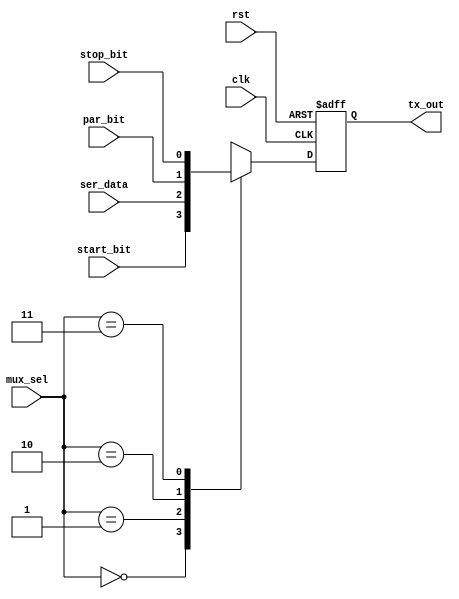
module mux(clk,rst,mux_sel,start_bit,stop_bit,ser_data,par_bit,tx_out);

input       clk;
input       rst;
input [1:0] mux_sel;
input       start_bit;
input       stop_bit;
input       ser_data;
input       par_bit;
output reg  tx_out;

localparam [1:0] start_bit_sel = 2'b00;
localparam [1:0] ser_data_sel  = 2'b01;
localparam [1:0] par_bit_sel   = 2'b10;
localparam [1:0] stop_bit_sel  = 2'b11;

always @(posedge clk, negedge rst)
begin
    if(~rst)
    begin
        tx_out <= 1'b1;
    end
    else
    begin
       case(mux_sel)    
         start_bit_sel : tx_out <= start_bit;
         ser_data_sel  : tx_out <= ser_data;
         par_bit_sel   : tx_out <= par_bit;
         stop_bit_sel  : tx_out <= stop_bit;
       endcase
    end
end


endmodule